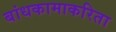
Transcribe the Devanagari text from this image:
बांधकामाकरिता